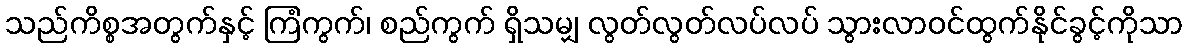
သည်ကိစ္စအတွက်နှင့် ကြံကွက်၊ စည်ကွက် ရှိသမျှ လွတ်လွတ်လပ်လပ် သွားလာဝင်ထွက်နိုင်ခွင့်ကိုသာ